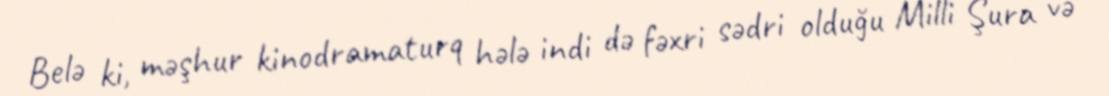
Belə ki, məşhur kinodramaturq hələ indi də fəxri sədri olduğu Milli Şura və